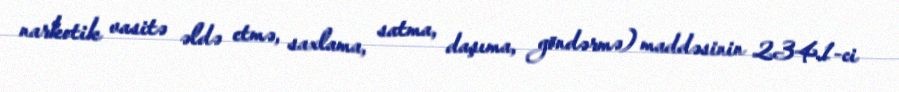
narkotik vasitə əldə etmə, saxlama, satma, daşıma, göndərmə) maddəsinin 234.1-ci